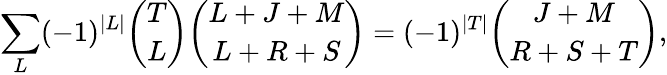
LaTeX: \sum_{L}(-1)^{\vert L\vert}{\binom{T}{L}}{\binom{L+J+M}{L+R+S}}=(-1)^{\vert T\vert}{\binom{J+M}{R+S+T}},